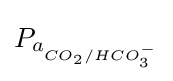
{P_{a_{CO_{2}/HCO_{3}^{-}}}}